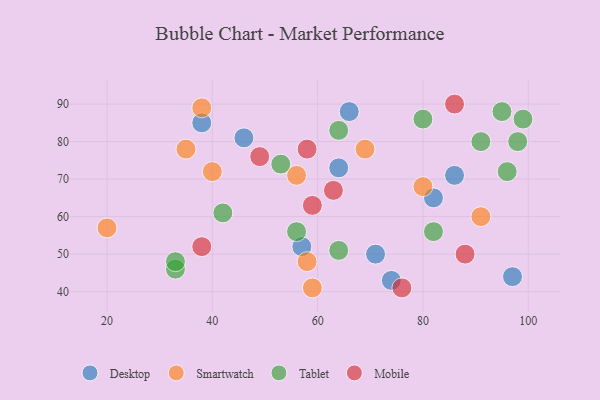
{"axis": {"x": "GDP", "y": "Life Expectancy"}, "legend": ["Desktop", "Mobile", "Smartwatch", "Tablet"], "data": [{"x": "64", "y": 73, "type": "Desktop"}, {"x": "82", "y": 65, "type": "Desktop"}, {"x": "71", "y": 50, "type": "Desktop"}, {"x": "86", "y": 71, "type": "Desktop"}, {"x": "46", "y": 81, "type": "Desktop"}, {"x": "38", "y": 85, "type": "Desktop"}, {"x": "97", "y": 44, "type": "Desktop"}, {"x": "66", "y": 88, "type": "Desktop"}, {"x": "57", "y": 52, "type": "Desktop"}, {"x": "74", "y": 43, "type": "Desktop"}, {"x": "80", "y": 68, "type": "Smartwatch"}, {"x": "58", "y": 48, "type": "Smartwatch"}, {"x": "91", "y": 60, "type": "Smartwatch"}, {"x": "20", "y": 57, "type": "Smartwatch"}, {"x": "38", "y": 89, "type": "Smartwatch"}, {"x": "59", "y": 41, "type": "Smartwatch"}, {"x": "56", "y": 71, "type": "Smartwatch"}, {"x": "35", "y": 78, "type": "Smartwatch"}, {"x": "40", "y": 72, "type": "Smartwatch"}, {"x": "69", "y": 78, "type": "Smartwatch"}, {"x": "80", "y": 86, "type": "Tablet"}, {"x": "99", "y": 86, "type": "Tablet"}, {"x": "33", "y": 46, "type": "Tablet"}, {"x": "82", "y": 56, "type": "Tablet"}, {"x": "64", "y": 83, "type": "Tablet"}, {"x": "42", "y": 61, "type": "Tablet"}, {"x": "33", "y": 48, "type": "Tablet"}, {"x": "53", "y": 74, "type": "Tablet"}, {"x": "91", "y": 80, "type": "Tablet"}, {"x": "95", "y": 88, "type": "Tablet"}, {"x": "64", "y": 51, "type": "Tablet"}, {"x": "56", "y": 56, "type": "Tablet"}, {"x": "96", "y": 72, "type": "Tablet"}, {"x": "98", "y": 80, "type": "Tablet"}, {"x": "38", "y": 52, "type": "Mobile"}, {"x": "59", "y": 63, "type": "Mobile"}, {"x": "58", "y": 78, "type": "Mobile"}, {"x": "49", "y": 76, "type": "Mobile"}, {"x": "86", "y": 90, "type": "Mobile"}, {"x": "76", "y": 41, "type": "Mobile"}, {"x": "88", "y": 50, "type": "Mobile"}, {"x": "63", "y": 67, "type": "Mobile"}]}